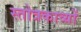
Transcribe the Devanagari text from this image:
स्तोत्रकाव्यों